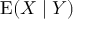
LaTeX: \operatorname { E } ( X \mid Y )